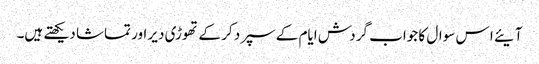
آیئے ا س سوال کا جواب گردش ایام کے سپرد کر کے تھوڑی دیر اور تماشا دیکھتے ہیں۔